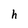
Character: h